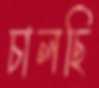
চালছি